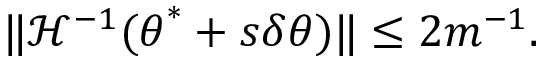
\lVert \mathcal { H } ^ { - 1 } ( { \boldsymbol { \theta } } ^ { * } + s \delta { \boldsymbol { \theta } } ) \rVert \leq 2 m ^ { - 1 } .